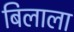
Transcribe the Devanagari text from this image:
बिलाला